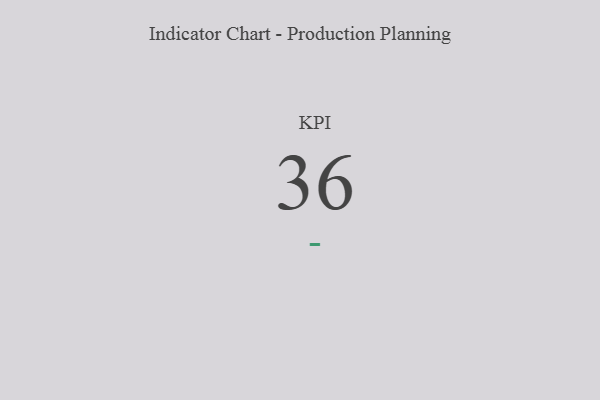
{"axis": {"x": "KPI", "y": "Value"}, "legend": [""], "data": [{"x": "KPI", "y": 36, "type": ""}]}